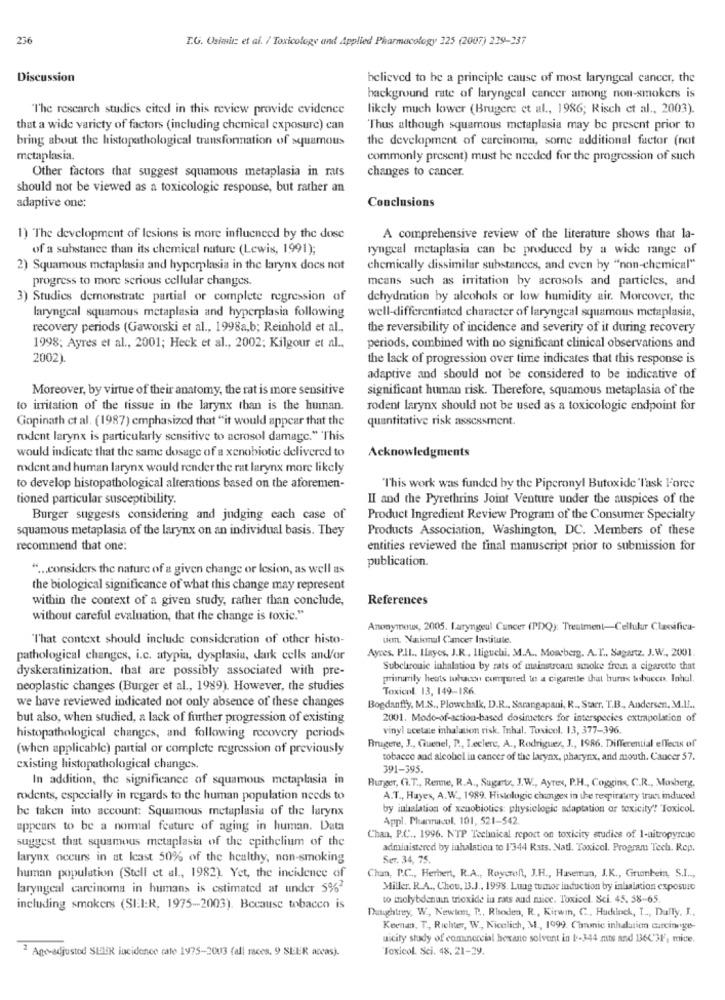
236
T.G. Osielt et al. / Toxicology and Applied Pharmacology 325 (2007) 239-337
Discussion
believed to be a principle cause of most laryngeal cancer, the
background rate of laryngeal cancer among non-smokers is
"The research studies cited in this review provide evidence
likely much lower (Brugere et al ., 1986; Risch et al ., 2003).
that a wide variety of factors (including chemical exposure) can
Thus although squamous metaplasia may be present prior to
bring about the histopathological transformation of squamous
the development of carcinoma, some additional factor (not
metaplasia.
commonly present) must be needed for the progression of such
Other factors that suggest squamous metaplasia in rats
changes to cancer.
should not be viewed as a toxicologie response, but rather an
adaptive one:
Conclusions
1) The development of Iesions is more influenced by the dose
A comprehensive review of the literature shows that la-
of a substance than its chemical nature (Lewis, 1991);
ryngeal metaplasia can be produced by a wide range of
2) Squamous metaplasia and hyperplasia in the larynx does not
chemically dissimilar substances, and even by "non-chemical"
progress to more serious cellular changes.
means such as irritation by acrosols and particles, and
3) Studies demonstrate partial or complete regression of
dehydration by alcohols or low humidity air. Moreover, the
laryngeal squamous metaplasia and hyperplasia following
well-differentiated character of laryngeal squamous metaplasia,
recovery periods (Gaworski et al ., 1998a,b; Reinhold et al .,
the reversibility of incidence and severity of it during recovery
1998; Ayres et al ., 2001; Heck et al ., 2002; Kilgour et al ..
periods, combined with no significant clinical observations and
2002).
the lack of progression over time indicates that this response is
adaptive and should not be considered to be indicative of
Moreover, by virtue of their anatomy, the rat is more sensitive
significant human risk. Therefore, squamous metaplasia of the
to irritation of the tissue in the larynx than is the human.
rodent larynx should not be used as a toxicologie endpoint for
Gopinath ct al. (1987) emphasized that "it would appear that the
quantitative risk assessment.
rodent larynx is particularly sensitive to acrosol damage." This
would indicate that the same dosage of a xenobiotic delivered to
Acknowledgments
modent and human larynx would render the rat larynx more likely
to develop histopathological alterations based on the aforemen-
"This work was funded by the Piperony! Butoxide 'Task Force
tioned particular susceptibility.
II and the Pyrethrins Joint Venture under the auspices of the
Burger suggests considering and judging each case of
Product Ingredient Review Program of the Consumer Specialty
squamous metaplasia of the larynx on an individual basis. They
Products Association, Washington, DC. Members of these
recommend that one:
entities reviewed the final manuscript prior to submission for
publication.
" ... considers the nature of a given change or lesion, as well as
the biological significance of what this change may represent
within the context of a given study, rather than conclude,
References
without careful evaluation, that the change is toxic."
Anonymous, 2005. Laryngeul Cancer (PDQ): Treatment-Cellular Classifica-
"That context should include consideration of other histo-
ten. Nacional Cancer Institute.
Ayces. P.Il ., Hayes, J.R , Iliguchi. M.A ., Mossberg. A.T ., Sagantz. J.W ., 2001.
pathological changes, i.c. atypia, dysplasia, dark cells and/or
dyskeratinization. that are possibly associated with pre-
Subchronic inhalation by rats of mainstream smoke froin a cigarette that
primarily heats tobacco compared to a cigarette that buras tobucco, Inbul.
neoplastic changes (Burger et al ., 1989). However, the studies
Toxicol 13, 149-186.
we have reviewed indicated not only absence of these changes
Bogdanfly, M.S ., Plowchalk, D.R ., Sarangapani, R ., Starr, T.B ., Andersen, M.IL ..
but also, when studied, a lack of further progression of existing
2001. Modo-of-action-based dosimeters for interspecies extrapolation of
vinyl acetate inhalation risk. Inhal. Toxicol. 13, 377-396.
histopathological changes, and following recovery periods
(when applicable) partial or complete regression of previously
Brugere, J ., Giuenel, P ., Leclerc, A ., Rodrigues, J ., 1986. Differential effect of"
tobacco and alcohol in cancer of the larynx, pharynx, and mouth. Cancer 57.
existing histopathological changes.
391-395.
In addition, the significance of squamous metaplasia in
Burger, (i.T ., Renne, R.A ., Sugartr, J.W ., Ayres, P.H ., Coggins, C.R ., Mosberg,
rodents, especially in regards to the human population needs to
A.T ., Hayes, A.W ., 1989. Histologic changes in the respiratory truc induced
be taken into account: Squamous metaplasia of the larynx
by inhalation of xenobiotics: physiclogic adaptation or toxicity" Toxicol.
Appl. Phanrucol. 101, 521-542.
appears to be a normal feature of aging in human. Data
suggest that squamous metaplasia of the epithelium of the
Chan, P.C ., 1996. NTP Technical report on toxicity studies of 1-uitropyreno
administered by inhalation to 1344 Rats. Natl. Toxicol. Program Tech. Rep.
larynx occurs in at Icast 50% of the healthy, non-smoking
Ser. 34, 75.
human population (Stell et al ., 1982). Yet, the incidence of
Chan, P.C ., Herbert, R.A ., Roycroll, J.H ., Haveman, J.K ., Grumbein, S.I ...
laryngeal carcinoma in humans is estimated at under 5%2
Miller. R.A ., Chou, B.J ., 1998. Lung tumor induction by inhalation exposure
to molybdenun trioxide iu rats and miec. Toxicol. Sci. 45. 58-65.
including smokers (SIIR, 1975-2003). Because tobacco is
Dunightrey, W, Newton, P ., Rhoden, R ., Kitwin, C ., Huchlock, I ., Dafly. I ..
Keenan, T ., Richter, W ., Nicelich, M ., 1999. Chrmic inhalation curciange-
uicity study of commercial hexane solvent in 1-344 mts and B3603F, mice.
2 Age-adjusted SLEER incidence rate 1975-2003 (all races, 9) SEER accas).
Toxicol. Sci. 48. 21-29.